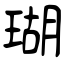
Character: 瑚